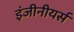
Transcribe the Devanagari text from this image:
इंजीनीयर्स